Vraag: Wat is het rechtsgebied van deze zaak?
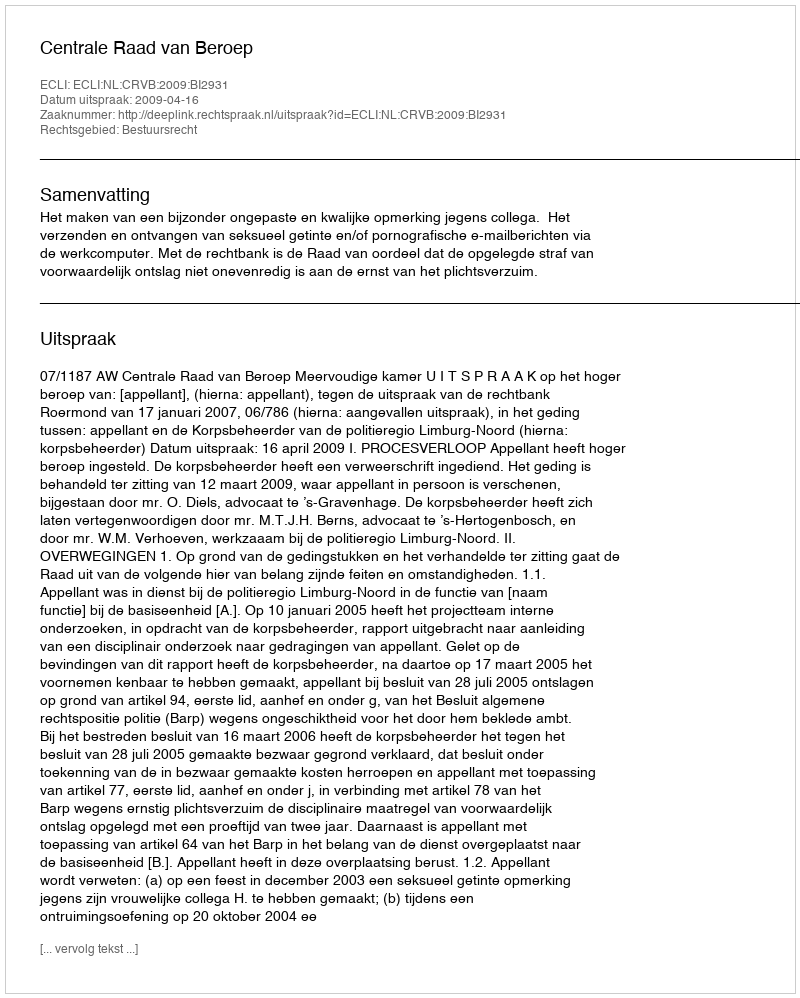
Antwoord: Bestuursrecht